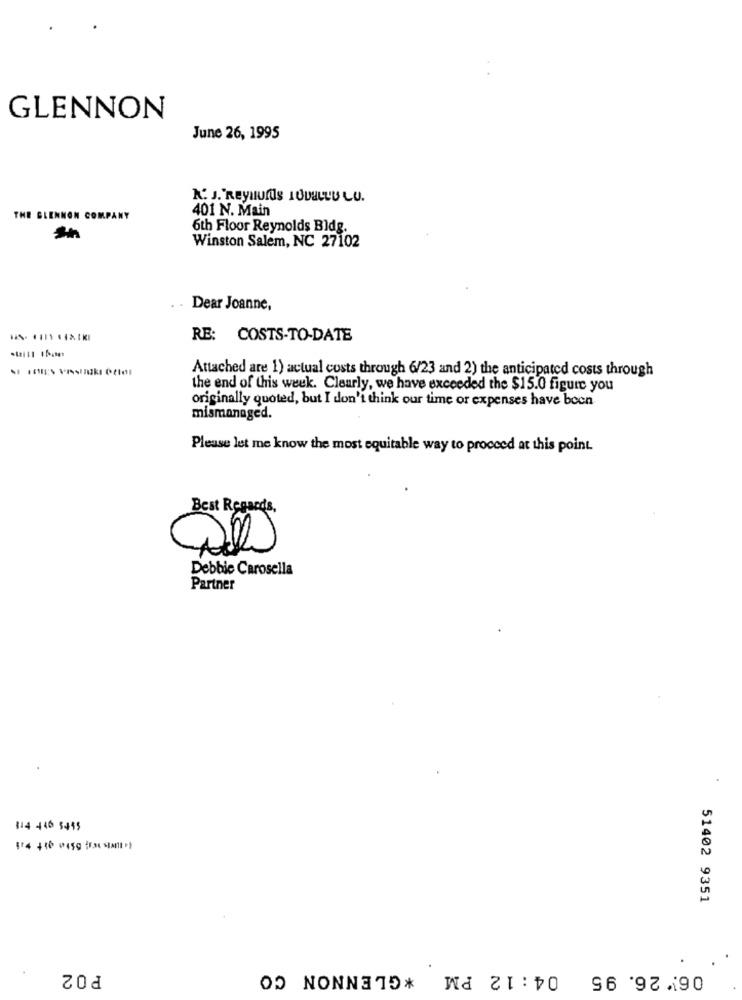
GLENNON
June 26, 1995
K. J."Reynolds 10DULLU LU.
401 N. Main
THE GLENNON COMPANY
6th Floor Reynolds Bldg.
Winston Salem, NC 27102
Dear Joanne,
RE: COSTS-TO-DATE
Attached are 1) actual costs through 6/23 and 2) the anticipated costs through
the end of this week. Clearly, we have exceeded the $15.0 figure you
originally quoted, but I don't think our time or expenses have been
mismanaged.
Please let me know the most equitable way to proceed at this point.
Best Regards,
Debbie Carosella
Partner
314 446 5495
51402 9351
P02
06/ 26. 95 04:12 PM *GLENNON CO